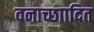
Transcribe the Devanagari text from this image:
वनाच्छाादित